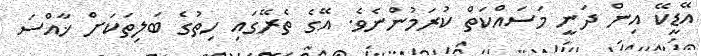
އޭޑީކޭ އިން ދަނީ މަސައްކަތް ކުރަމުންނެވެ. އޭގެ ތެރޭގައި ހިތުގެ ބަލިތަކަށް ޚާއްސަ